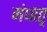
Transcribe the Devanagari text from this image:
मंधातृ